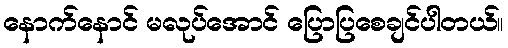
နောက်နောင် မလုပ်အောင် ပြောပြစေချင်ပါတယ်။